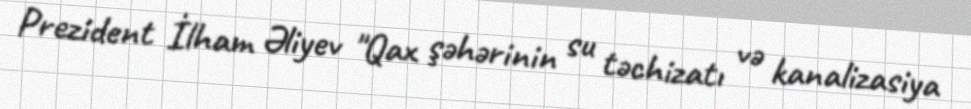
Prezident İlham Əliyev "Qax şəhərinin su təchizatı və kanalizasiya